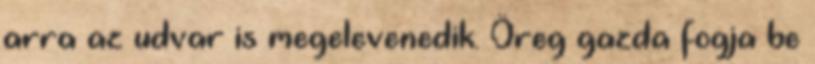
arra az udvar is megelevenedik. Öreg gazda fogja be